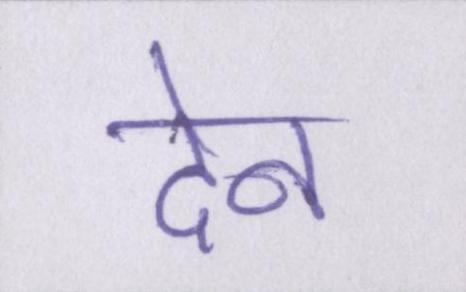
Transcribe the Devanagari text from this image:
देन